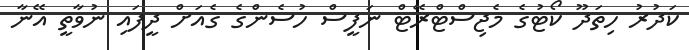
ކަދުރު ހިތަދޫ ކޯޓުގެ މެޖިސްޓްރޭޓް ނަފީސް ހުސެންގެ ގެއަށް ދީފައި ނުވާތީ އޭނާ